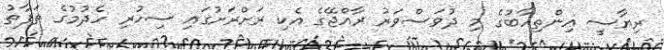
ރިޔާސީ އިންތިހާބުގެ މި ދުވަސްވަރު ރާއްޖޭގެ އެކި ރަށްރަށުގައި ސިހުރި ހެދުމުގެ ތަފާތު